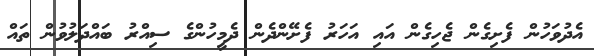
އެދުވަހުން ފެށިގެން ޖެހިގެން އައި އަހަރު ފެށޭންދެން ދެމީހުންގެ ސިއްރު ބައްދަލުވުން ތައް